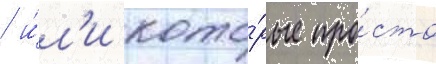
/ и́л'и кото́рые про́сто